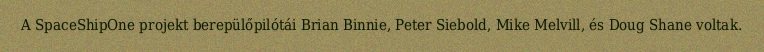
A SpaceShipOne projekt berepülőpilótái Brian Binnie, Peter Siebold, Mike Melvill, és Doug Shane voltak.